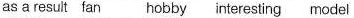
as a resuit fan hobby nteresting model